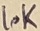
Text: 10K